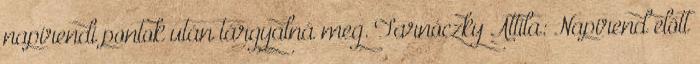
napirendi pontok után tárgyalná meg. Tarnóczky Attila: Napirend előtt